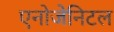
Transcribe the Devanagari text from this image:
एनोजेनिटल